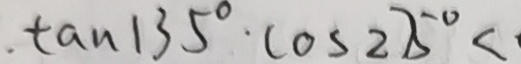
. \tan 1 3 5 ^ { \circ } \cdot ( C O S 2 7 5 ) ^ { \circ } <